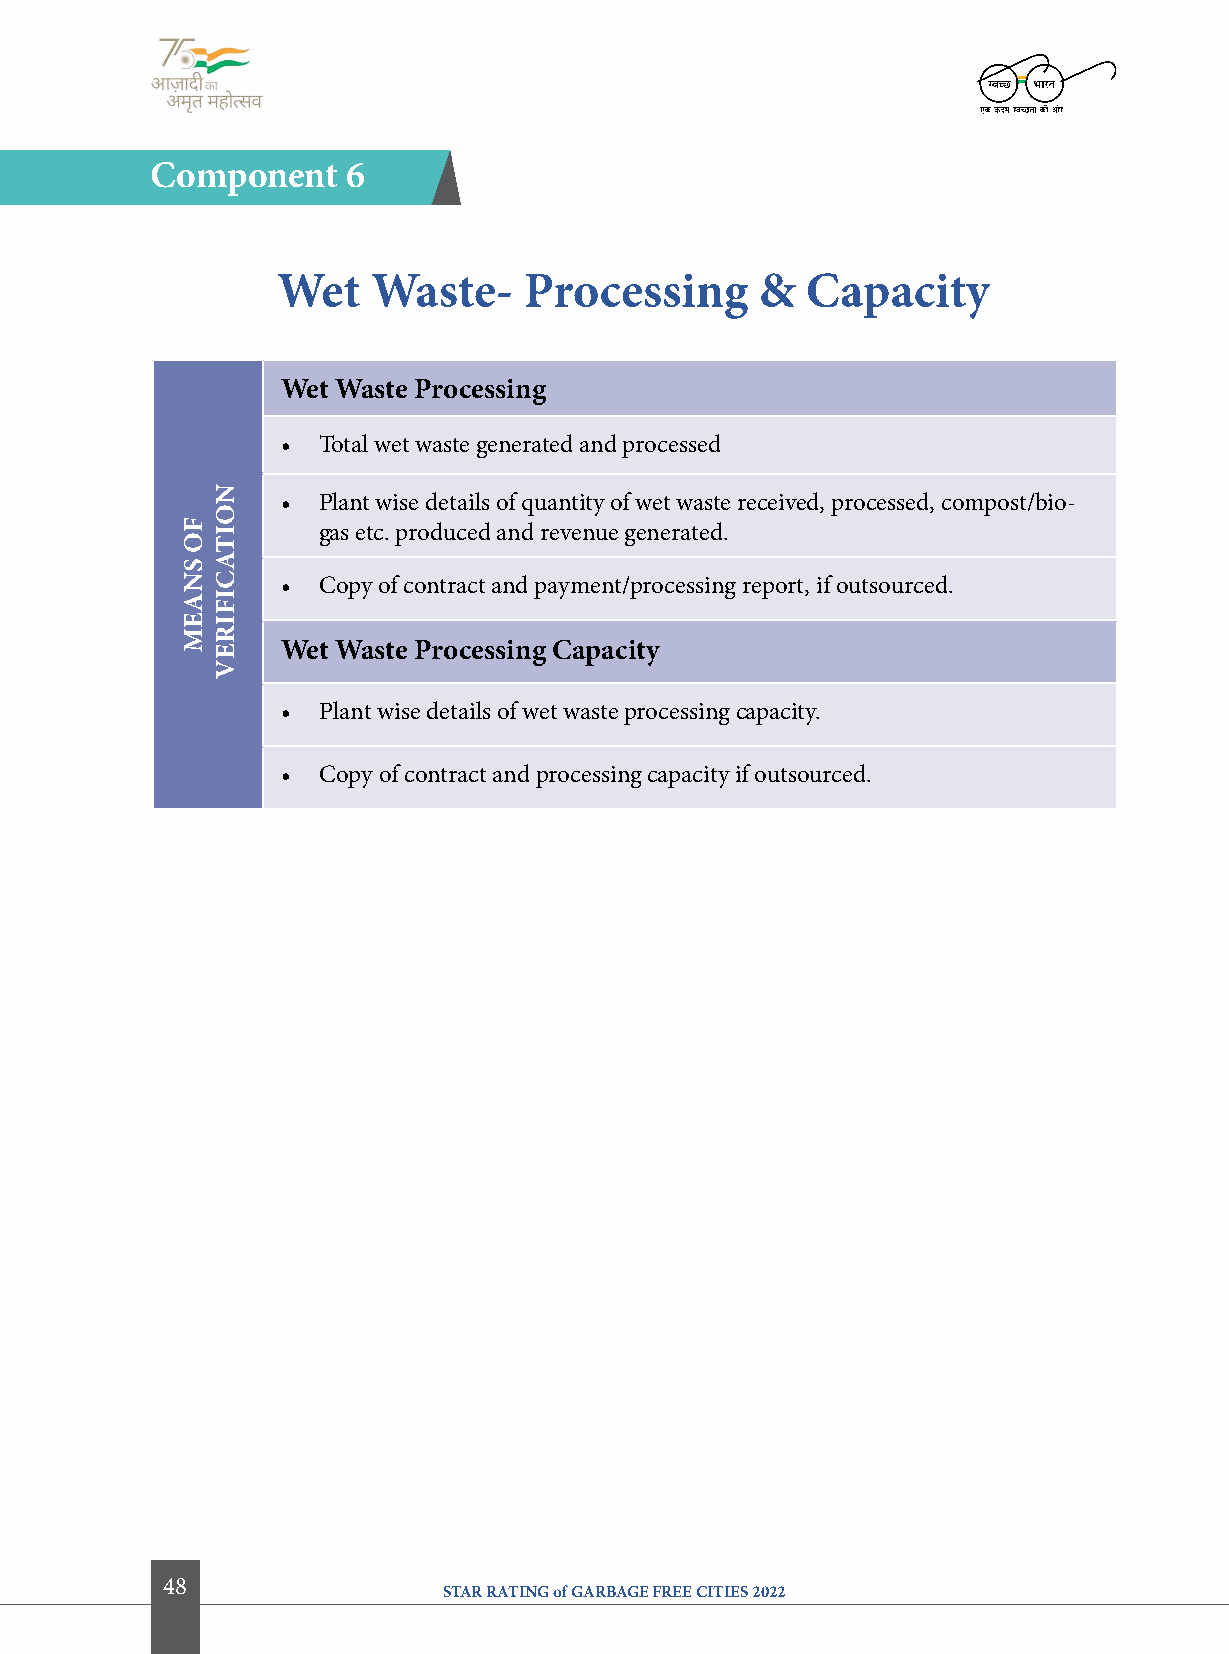
component    6
 Wet    Waste-    Processing     &  capacity
 Wet Waste Processing
 • Total wet waste generated and processed
 • Plant wise details of quantity of wet waste received, processed, compost/bio-
 gas etc. produced and revenue generated.
 • Copy of contract and payment/processing report, if outsourced.
 Wet Waste Processing capacity
 • Plant wise details of wet waste processing capacity.
 • Copy of contract and processing capacity if outsourced.
 48
 STAR RATING of GARBAGE FREE CITIES 2022
 fo
 SNaeM
 NoitacifireV